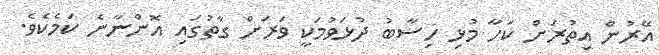
އޭރުން އިތުރަށް ކަހާ މުޅި ހިސާބު ދުޅަވުމަކީ ވަރަށް ގާތުގައި އޮންނާނެ ކަމެކެވެ.